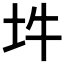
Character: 𡉯